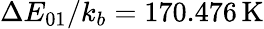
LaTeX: \Delta E_{01}/k_{b}=170.476\, \mathrm{K}